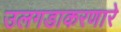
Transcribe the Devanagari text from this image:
उलगडाकरणारे